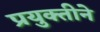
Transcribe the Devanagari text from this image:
प्रयुक्तीने